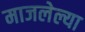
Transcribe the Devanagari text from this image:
माजलेल्या